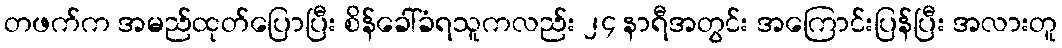
တဖက်က အမည်ထုတ်ပြောပြီး စိန်ခေါ်ခံရသူကလည်း ၂၄ နာရီအတွင်း အကြောင်းပြန်ပြီး အလားတူ